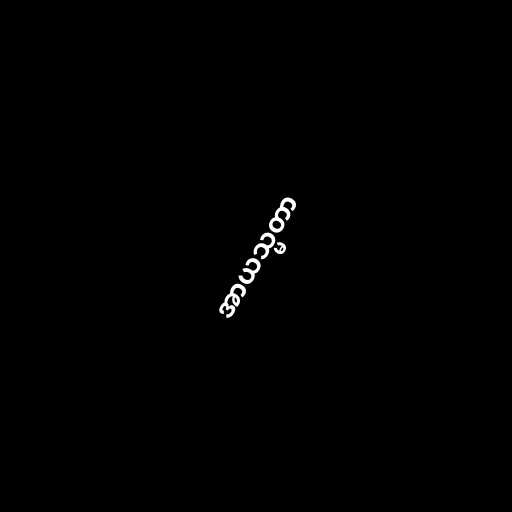
အာယသ္မတာ